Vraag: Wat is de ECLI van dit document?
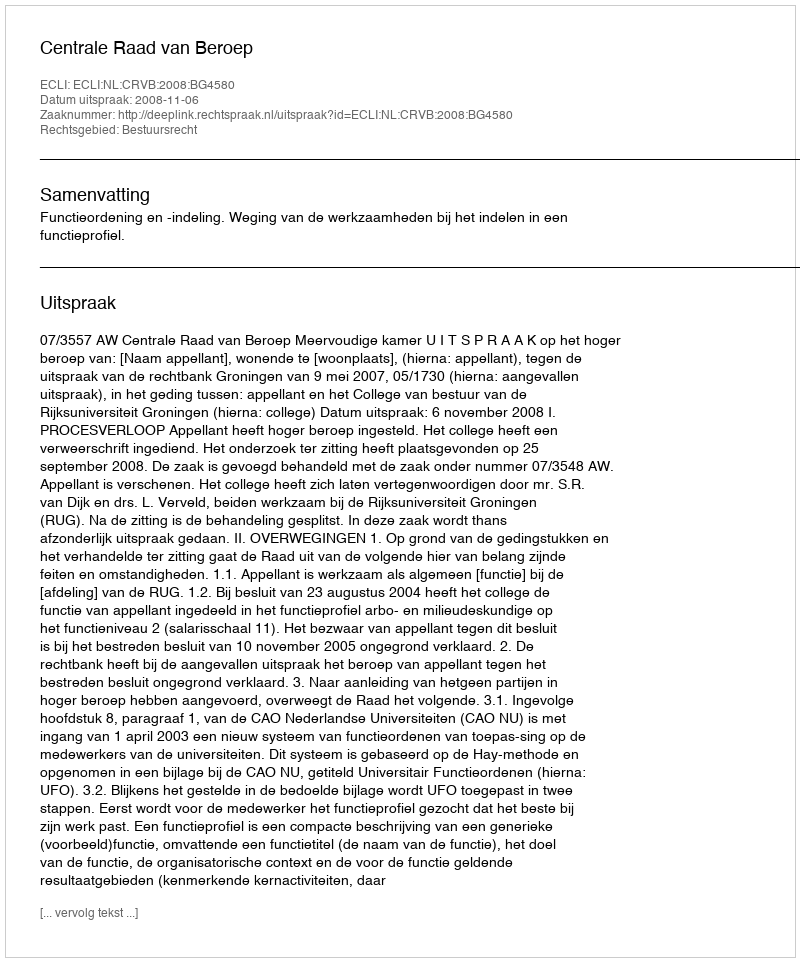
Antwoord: ECLI:NL:CRVB:2008:BG4580